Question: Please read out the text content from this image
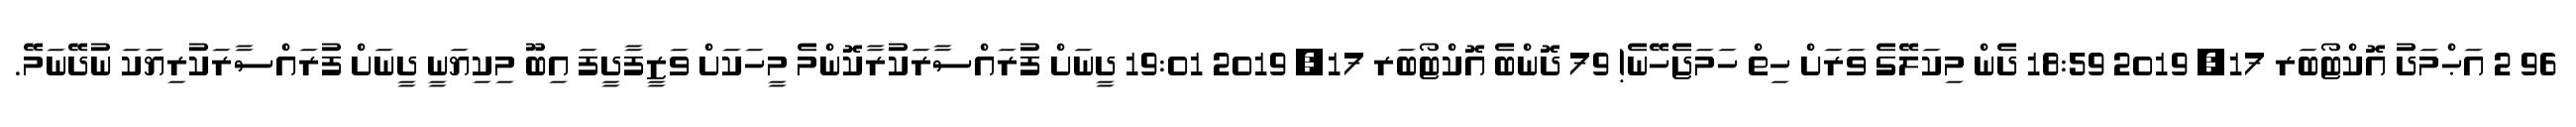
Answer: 96 2 އަޙްމަދު އޮކްޓޯބަރ 17, 2019 18:59 ދެން މިކަލޭގެ ވަރަށް ހިތް ހަމަޖެހޭނެ! 79 ދޮންބެ އޮކްޓޯބަރ 17, 2019 19:01 ދީނަށް ފުރައްސާރަކުރާކޮންމެ މީހަކަށް ވަޒީފާދީފަ އިބޫ މިކިޔަނީ ދީނަށް ފުރައްސާރަކުރިޔަކަ ނުދޭނަމޭ.